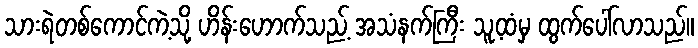
သားရဲတစ်ကောင်ကဲ့သို့ ဟိန်းဟောက်သည့် အသံနက်ကြီး သူ့ထံမှ ထွက်ပေါ်လာသည်။